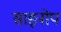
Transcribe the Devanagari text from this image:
साइनोप